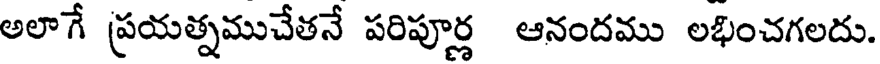
అలాగే ప్రయత్నముచేతనే పరిపూర్ణ ఆనందము లభించగలదు.